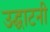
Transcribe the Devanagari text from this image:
उद्घाटनी